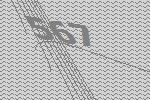
567